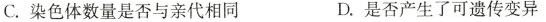
C.染色体数量是否与亲代相同 D.是否产生了可遗传变异